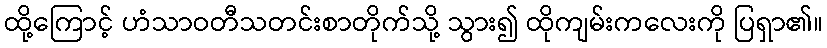
ထို့ကြောင့် ဟံသာဝတီသတင်းစာတိုက်သို့ သွား၍ ထိုကျမ်းကလေးကို ပြရှာ၏။